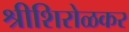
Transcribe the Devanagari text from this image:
श्रीशिरोळकर